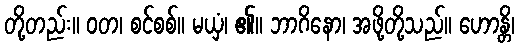
တို့တည်း။ ဝတ၊ စင်စစ်။ မယှံ၊ ၏။ ဘာဂိနော၊ အဖို့တို့သည်။ ဟောန္တိ၊